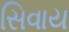
સિવાય